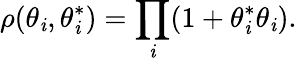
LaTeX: \rho(\theta_{\mathit{i}},\theta_{\mathit{i}}^{*})=\prod_{\mathit{i}}(1+\theta_{\mathit{i}}^{*}\theta_{\mathit{i}}).